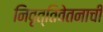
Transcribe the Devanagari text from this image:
निवृत्तिवेतनाची